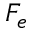
F _ { e }